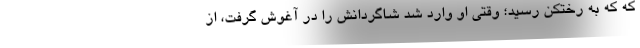
که که به رختکن رسید؛ وقتی او وارد شد شاگردانش را در آغوش گرفت، از